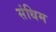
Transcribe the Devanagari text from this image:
संधिम